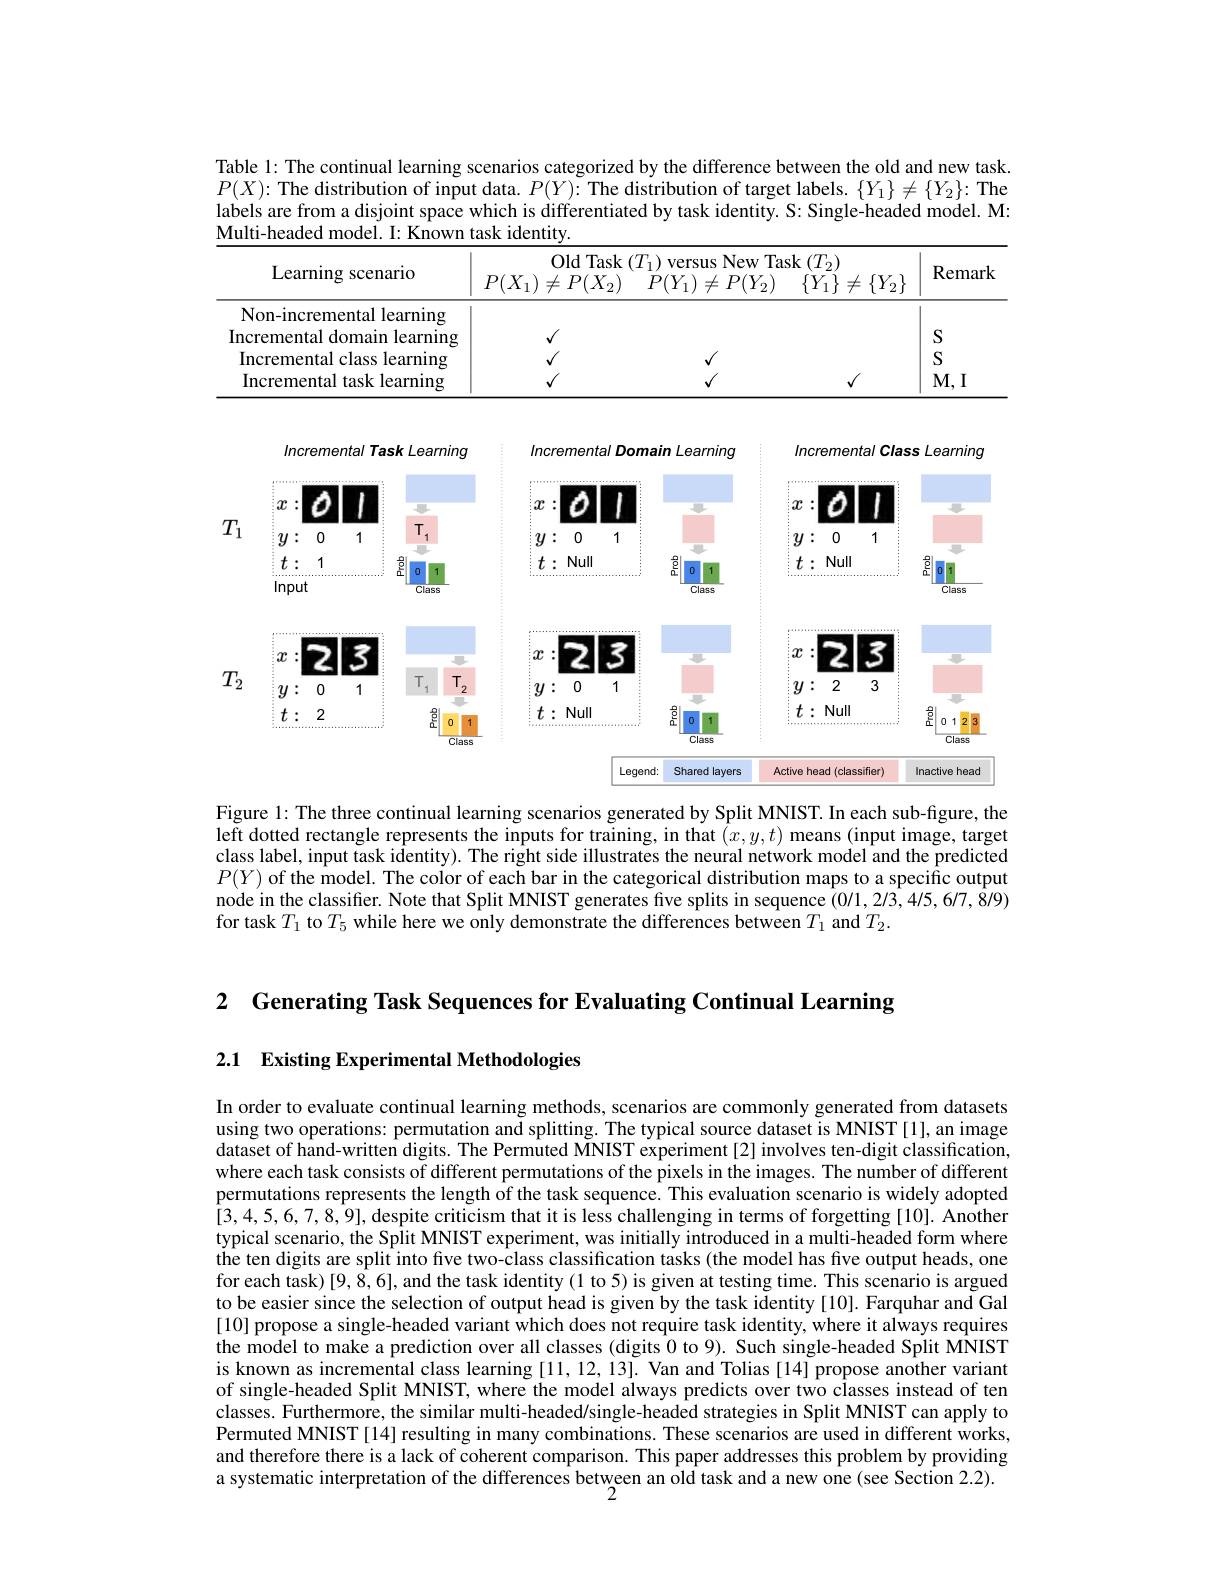
Table l: The continual learning scenarios categorized by the difference between the old and new task.

$P(X){:}$ The distribution of input data. $P( Y) {: }\textbf{The distribution of target labels. }\{ Y_1\} \neq \{ Y_2\} {: }$ The

labels are from a disjoint space which is differentiated by task identity. S: Single-headed model. M:

<table>
	<tbody>
		<tr>
			<th rowspan="2">Learning scenario</th>
			<th colspan="3">Nem $|nr|r|T|$</th>
			<th rowspan="2">Remark</th>
		</tr>
		<tr>
			<th>$P(X_{1})\neq P(X_{2})$</th>
			<th>$P(Y_{1})\neq P(Y_{2})$</th>
			<th>$\{Y_{1}\}\neq\{Y_{2}\}$</th>
		</tr>
		<tr>
			<td>Non-incremental learning</td>
			<td> </td>
			<td> </td>
			<td> </td>
			<td> </td>
		</tr>
		<tr>
			<td>l domain learning Incremental</td>
			<td>$f$</td>
			<td> </td>
			<td> </td>
			<td>S</td>
		</tr>
		<tr>
			<td>Incremental class learning</td>
			<td>$f$</td>
			<td> </td>
			<td> </td>
			<td>S</td>
		</tr>
		<tr>
			<td>task learning Incremental 1</td>
			<td> </td>
			<td> </td>
			<td> </td>
			<td>$M,I$</td>
		</tr>
	</tbody>
</table>

<FigureHere>

Figure 1: The three continual learning scenarios generated by Split MNIST. In each sub-figure, the left dotted rectangle represents the inputs for training, in that $(x,y,t)$ means (input image, target class label, input task identity). The right side illustrates the neural network model and the predicted $P(Y)$ of the model. The color of each bar in the categorical distribution maps to a specific output node in the classifier. Note that Split MNIST generates five splits in sequence (0/1,2/3,4/5,6/7,8/9) for task $T_1$ to $T_5$ while here we only demonstrate the differences between $T_1$ and $T_2.$

2 Generating Task Sequences for Evaluating Continual Learning

2.1 Existing Experimental Methodologies

In order to evaluate continual learning methods, scenarios are commonly generated from datasets using two operations: permutation and splitting. The typical source dataset is MNIST [1], an image $\tilde{\text{dataset of hand-written digits. The Permuted MNIST experiment[2] involves ten-digit classification,}}$ where each task consists of different permutations of the pixels in the images. The number of different permutations represents the length of the task sequence. This evaluation scenario is widely adopted [3,4,5,6,7,8,9],despite criticism that it is less challenging in terms of forgetting [10]. Another typical scenario, the Split MNIST experiment, was initially introduced in a multi-headed form where the ten digits are split into five two-class classification tasks (the model has five output heads, one for each task) [9,8,6],and the task identity (1 to 5) is given at testing time. This scenario is argued to be easier since the selection of output head is given by the task identity [10]. Farquhar and Gal [10] propose a single-headed variant which does not require task identity, where it always requires the model to make a prediction over all classes (digits 0 to 9). Such single-headed Split MNIST is known as incremental class learning [11, 12, 13]. Van and Tolias [14] propose another variant of single-headed Split MNIST, where the model always predicts over two classes instead of ten classes. Furthermore, the similar multi-headed/single-headed strategies in Split MNIST can apply to Permuted MNIST [14] resulting in many combinations. These scenarios are used in different works, and therefore there is a lack of coherent comparison. This paper addresses this problem by providing a systematic interpretation of the differences between an old task and a new one (see Section 2.2).
$\ddot{2}$